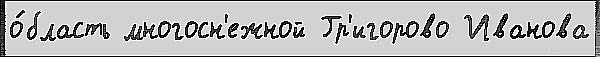
о́бласть многосн'ежной Гр'игорово Иванова